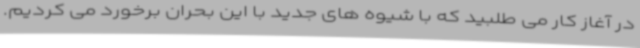
در آغاز کار می طلبید که با شیوه های جدید با این بحران برخورد می کردیم.